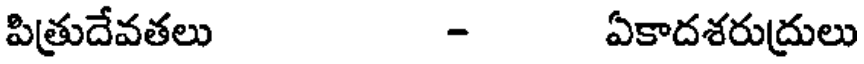
పిత్రుదేవతలు - ఏకాదశరుద్రులు